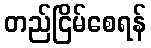
တည်ငြိမ်စေရန်